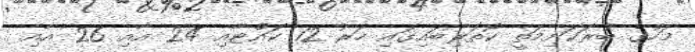
މަހުގެ ބުރަކަށިމަތީ ކޮތަރިބައިގައި ހަރު 12 ކައްޓާއި 24 އާއި 26 އާއި